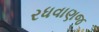
રધવાણજ